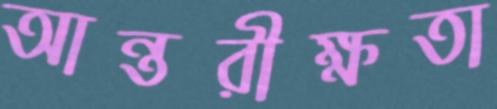
আন্তরীক্ষতা